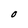
Character: O